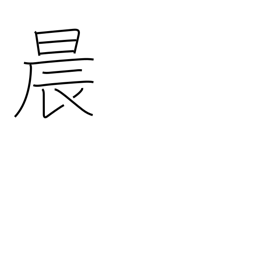
Meaning: morning